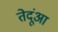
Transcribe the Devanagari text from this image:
तेदूंआ